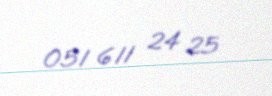
051 611 24 25